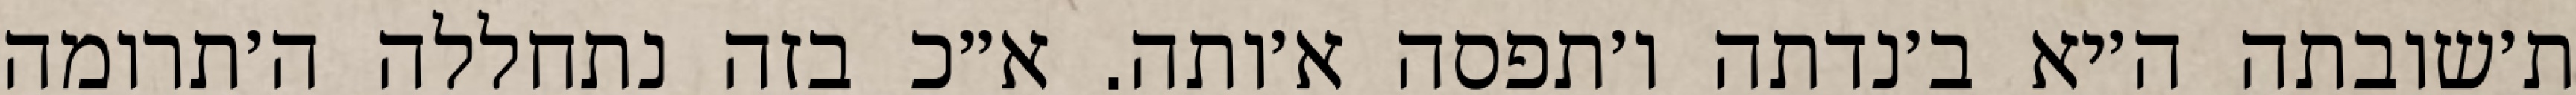
ת׳שובתה ה׳יא ב׳נדתה ו׳תפסה א׳ותה. א״כ בזה נתחללה ה׳תרומה